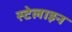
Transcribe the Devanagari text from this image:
स्टेलाइन